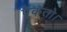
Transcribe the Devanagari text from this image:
ऐकतो।